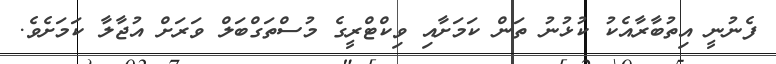
ފެނުނީ އިތުބާރާއެކު ކުޅުނު ތަން ކަމަށާއި ވިކްޓްރީގެ މުސްތަގްބަލް ވަރަށް އުޖާލާ ކަމަށެވެ.